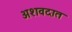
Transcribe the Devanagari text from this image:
अशवदात